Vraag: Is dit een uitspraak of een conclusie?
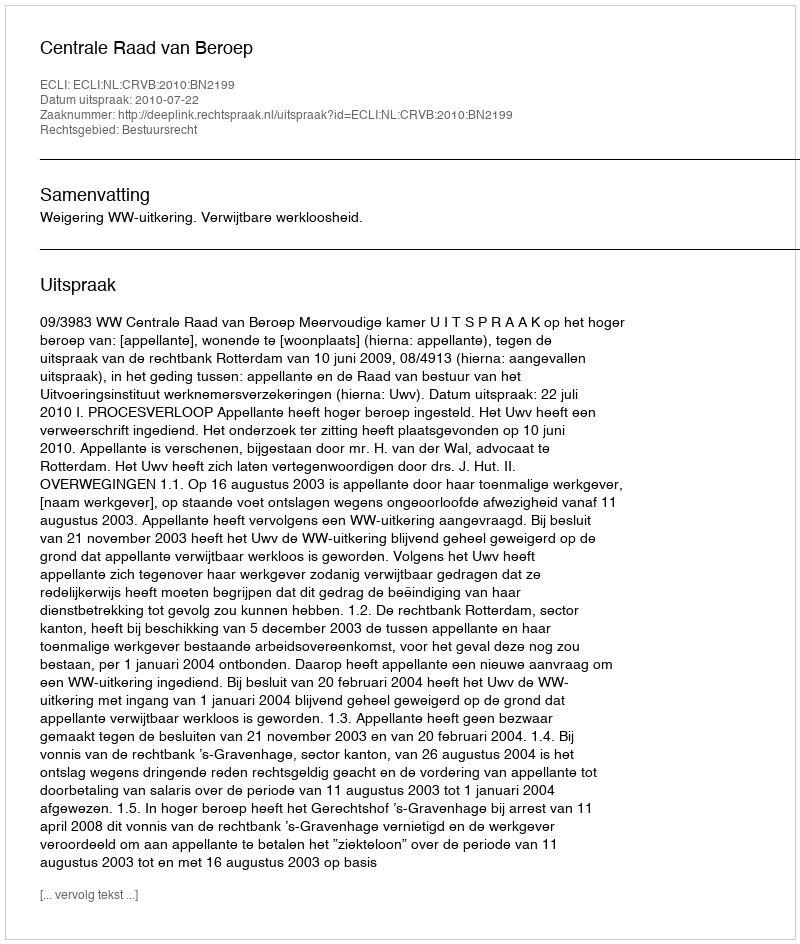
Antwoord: Uitspraak